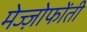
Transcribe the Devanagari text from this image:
मेज्ज़ोफोंती